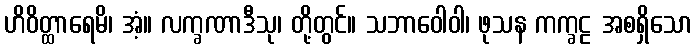
ဟိဝိတ္ထာရေမိ၊ အံ့။ လက္ခဏာဒီသု၊ တို့တွင်။ သဘာဝေါဝါ၊ ဖုသန ကက္ခဠ အစရှိသော